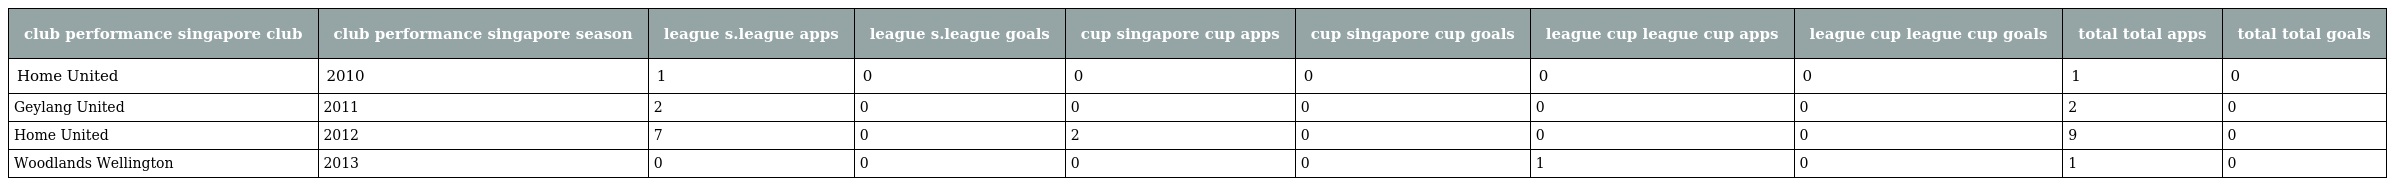
| club performance singapore club | club performance singapore season | league s.league apps | league s.league goals | cup singapore cup apps | cup singapore cup goals | league cup league cup apps | league cup league cup goals | total total apps | total total goals |
 | --- | --- | --- | --- | --- | --- | --- | --- | --- | --- |
 | Home United | 2010 | 1 | 0 | 0 | 0 | 0 | 0 | 1 | 0 |
 | Geylang United | 2011 | 2 | 0 | 0 | 0 | 0 | 0 | 2 | 0 |
 | Home United | 2012 | 7 | 0 | 2 | 0 | 0 | 0 | 9 | 0 |
 | Woodlands Wellington | 2013 | 0 | 0 | 0 | 0 | 1 | 0 | 1 | 0 |